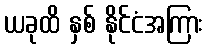
ယခုထိ နှစ် နိုင်ငံအကြား